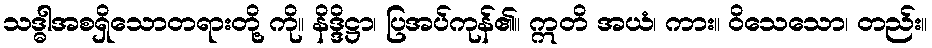
သဒ္ဓါအစရှိသောတရားတို့ ကို။ နိဒ္ဒိဋ္ဌာ၊ ပြအပ်ကုန်၏။ ဣတိ အယံ၊ ကား။ ဝိသေသော၊ တည်း။